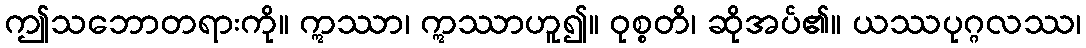
ဤသဘောတရားကို။ ဣဿာ၊ ဣဿာဟူ၍။ ဝုစ္စတိ၊ ဆိုအပ်၏။ ယဿပုဂ္ဂလဿ၊